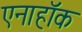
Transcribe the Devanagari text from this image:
एनाहॉक